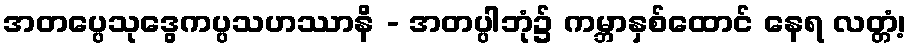
အတပ္ပေသုဒွေကပ္ပသဟဿာနိ - အတပ္ပါဘုံ၌ ကမ္ဘာနှစ်ထောင် နေရ လတ္တံ့၊